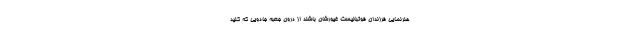
هنرنمایی فرزندان فوتبالیست غیورشان باشند از درون جعبه جادویی که کلید